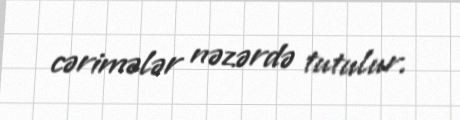
cərimələr nəzərdə tutulur.